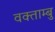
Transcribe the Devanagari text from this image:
वक्ताम्बु